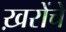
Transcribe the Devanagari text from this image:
ख़रोंचे